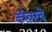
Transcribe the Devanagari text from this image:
कॉलरचे